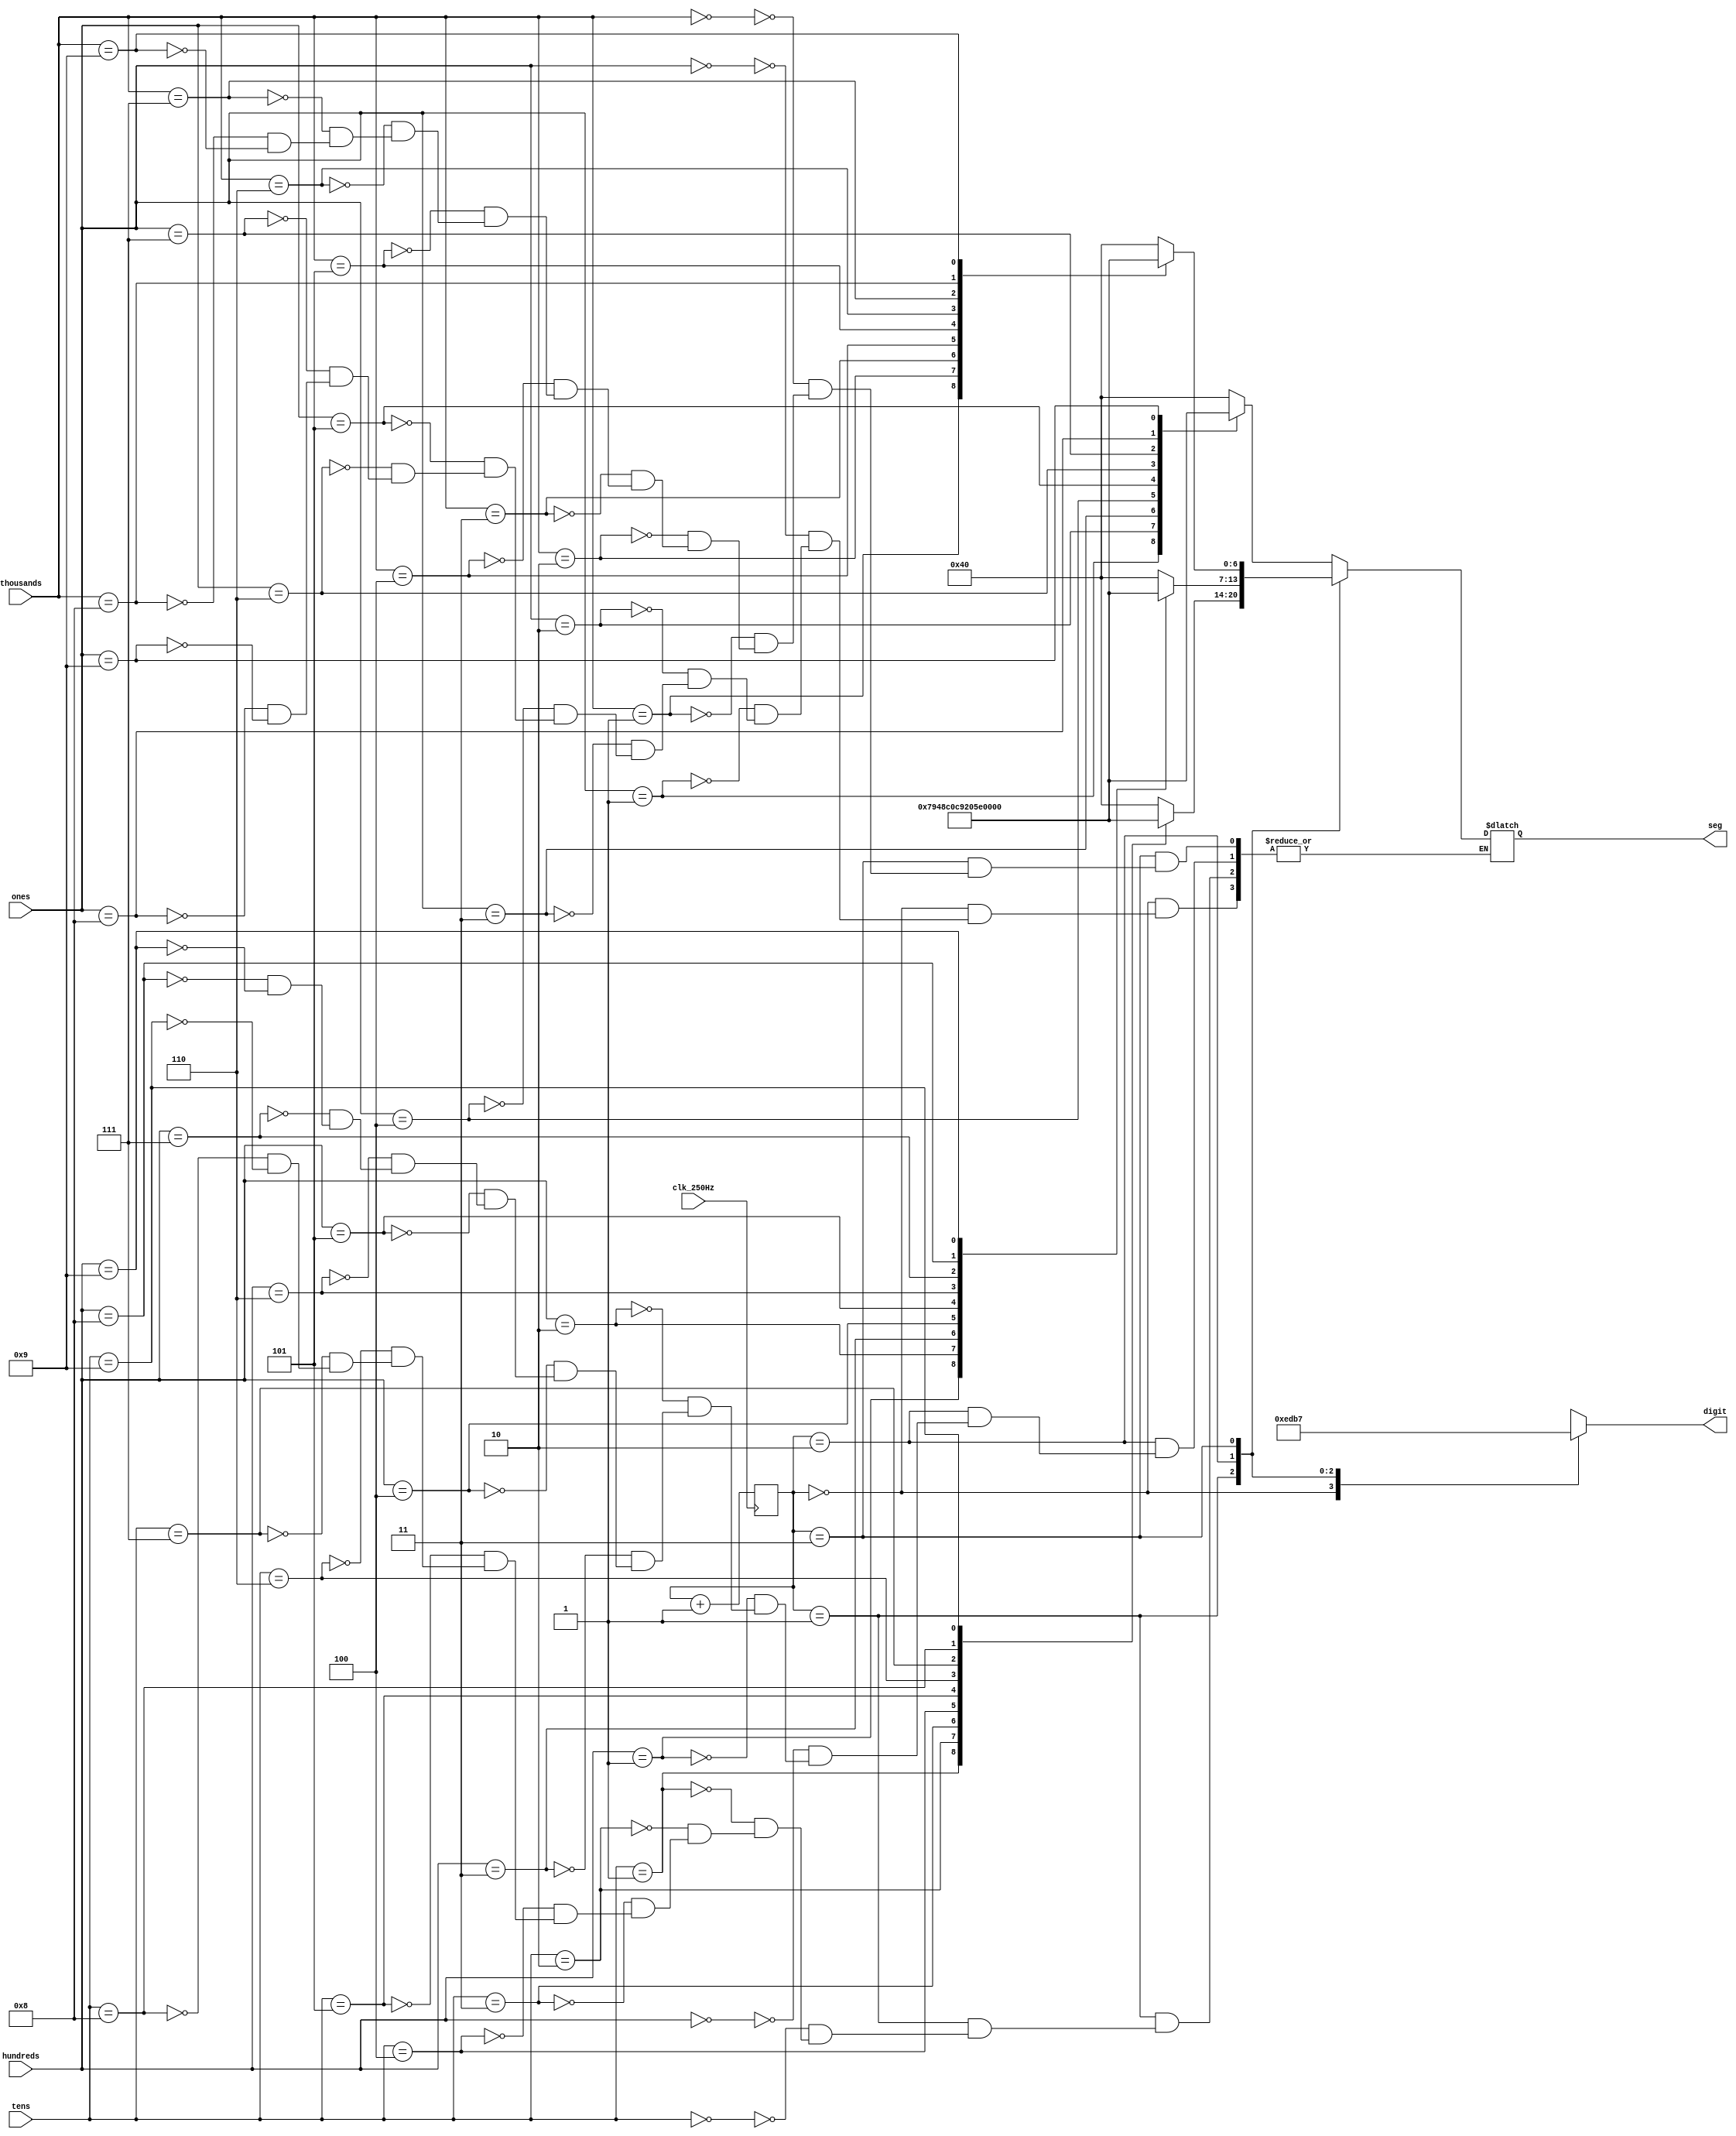
// handles refresh per basys 3 manual

module display(
  // inputs
  input clk_250Hz,
  input [3:0] ones,
  input [3:0] tens,
  input [3:0] hundreds,
  input [3:0] thousands,
  output reg [6:0] seg, // cathodes pattern
  output reg [3:0] digit
);
  parameter ZERO = 7'b1000000;
  parameter ONE = 7'b1111001;
  parameter TWO = 7'b0100100;
  parameter THREE = 7'b0110000;
  parameter FOUR = 7'b0011001;
  parameter FIVE = 7'b0010010;
  parameter SIX = 7'b0000010;
  parameter SEVEN = 7'b1111000;
  parameter EIGHT = 7'b0000000;
  parameter NINE = 7'b0010000;
  parameter OFF = 7'b1111111;
  reg [1:0] display_digit;

  // light up D1 -> D2 -> D3 -> D4 for 4ms each for smooth visual
  always @(posedge clk_250Hz) begin
    display_digit <= display_digit + 1;
  end

  // display_digit = 2'b00 refers to the ones digit to 2'b11 refers to the thousands digit
  always @(display_digit) begin
    case (display_digit)
      2'b00 : digit = 4'b1110;
      2'b01 : digit = 4'b1101;
      2'b10 : digit = 4'b1011;
      2'b11 : digit = 4'b0111;
    endcase
  end

  // Logic for driving segments based on which digit is selected and the value of each digit
  always @*  begin
    case(display_digit)
      2'b00 : begin       // ONES DIGIT
        case(ones)
            4'b0000 : seg = ZERO;
            4'b0001 : seg = ONE;
            4'b0010 : seg = TWO;
            4'b0011 : seg = THREE;
            4'b0100 : seg = FOUR;
            4'b0101 : seg = FIVE;
            4'b0110 : seg = SIX;
            4'b0111 : seg = SEVEN;
            4'b1000 : seg = EIGHT;
            4'b1001 : seg = NINE;
        endcase
      end       
      2'b01 : begin       // TENS DIGIT
        case(tens)
            4'b0000 : seg = ZERO;
            4'b0001 : seg = ONE;
            4'b0010 : seg = TWO;
            4'b0011 : seg = THREE;
            4'b0100 : seg = FOUR;
            4'b0101 : seg = FIVE;
            4'b0110 : seg = SIX;
            4'b0111 : seg = SEVEN;
            4'b1000 : seg = EIGHT;
            4'b1001 : seg = NINE;
        endcase
      end     
      2'b10 : begin       // HUNDREDS DIGIT
        case(hundreds)
            4'b0000 : seg = ZERO;
            4'b0001 : seg = ONE;
            4'b0010 : seg = TWO;
            4'b0011 : seg = THREE;
            4'b0100 : seg = FOUR;
            4'b0101 : seg = FIVE;
            4'b0110 : seg = SIX;
            4'b0111 : seg = SEVEN;
            4'b1000 : seg = EIGHT;
            4'b1001 : seg = NINE;
        endcase
      end          
      2'b11 : begin       // MINUTES ONES DIGIT
        case(thousands)
            4'b0000 : seg = ZERO;
            4'b0001 : seg = ONE;
            4'b0010 : seg = TWO;
            4'b0011 : seg = THREE;
            4'b0100 : seg = FOUR;
            4'b0101 : seg = FIVE;
            4'b0110 : seg = SIX;
            4'b0111 : seg = SEVEN;
            4'b1000 : seg = EIGHT;
            4'b1001 : seg = NINE;
        endcase
      end
    endcase
  end
endmodule